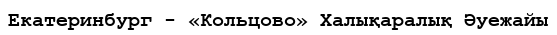
Екатеринбург - «Кольцово» Халықаралық Әуежайы